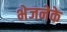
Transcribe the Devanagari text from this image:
भेजनेके